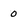
Character: 0